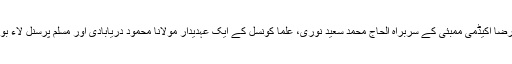
مطالبہ تین اہم مسلم شخصیات کی جانب سے کیا گیا ہے جن میں رضا اکیڈمی ممبئی کے سربراہ الحاج محمد سعید نوری، علما کونسل کے ایک عہدیدار مولانا محمود دریابادی اور مسلم پرسنل لاء بورڈ کی ایگزیکٹیو کمیٹی کے رکن حافظ سید اطہر علی شامل ہیں ۔